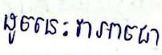
ដូចនេះវាអាចជា